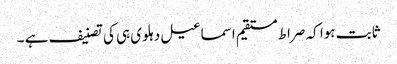
ثابت ہوا کہ صراط مستقیم اسماعیل دہلوی ہی کی تصنیف ہے ۔